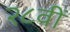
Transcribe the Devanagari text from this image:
२८वीं